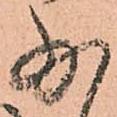
少